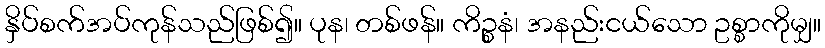
နှိပ်စက်အပ်ကုန်သည်ဖြစ်၍။ ပုန၊ တစ်ဖန်။ ကိဉ္စနံ၊ အနည်းငယ်သော ဥစ္စာကိုမျှ။